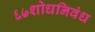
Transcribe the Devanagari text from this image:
६७शोधनिवंध